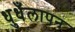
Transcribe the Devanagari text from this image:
धुधँलापन